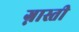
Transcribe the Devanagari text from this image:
ग्नास्ती